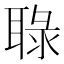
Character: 䎼